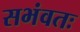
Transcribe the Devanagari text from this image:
सभंवतः